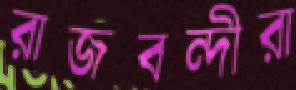
রাজবন্দীরা